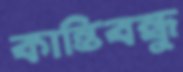
কান্তিবন্ধু